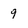
Character: 9